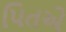
પિતએ